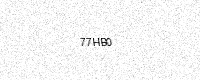
Text: 77HB0